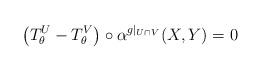
LaTeX: \begin{align*}\left(T_\theta^U-T_\theta^V\right)\circ\alpha^{g|_{U\cap V}}(X,Y)=0\end{align*}